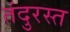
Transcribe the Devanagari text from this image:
तंदुरस्त